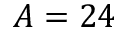
A = 2 4